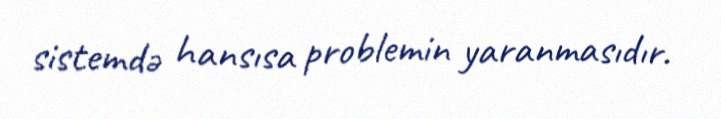
sistemdə hansısa problemin yaranmasıdır.